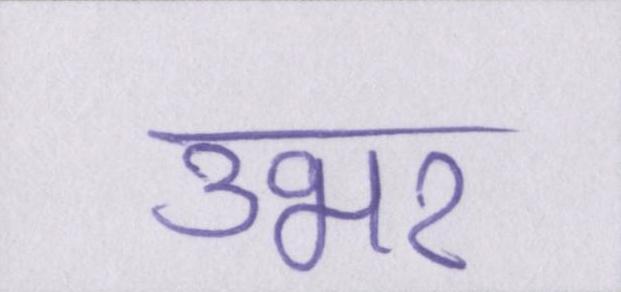
उभर